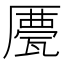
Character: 𠪹